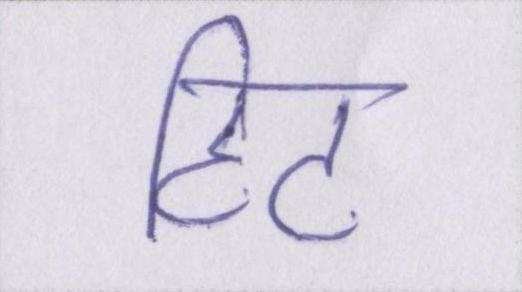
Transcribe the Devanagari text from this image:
हिट